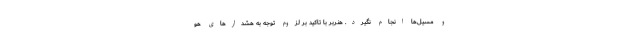
و مسیل‌ها انجام نگیرد. هنربر با تاکید بر لزوم توجه به هشدارهای هو